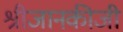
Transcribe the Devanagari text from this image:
श्रीजानकीजी